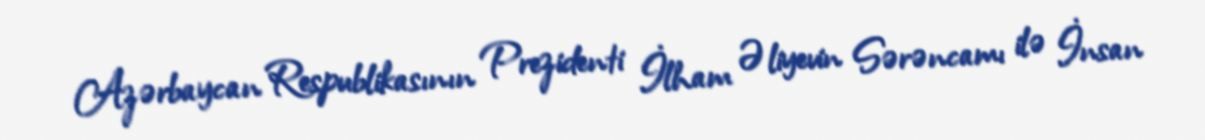
Azərbaycan Respublikasının Prezidenti İlham Əliyevin Sərəncamı ilə İnsan